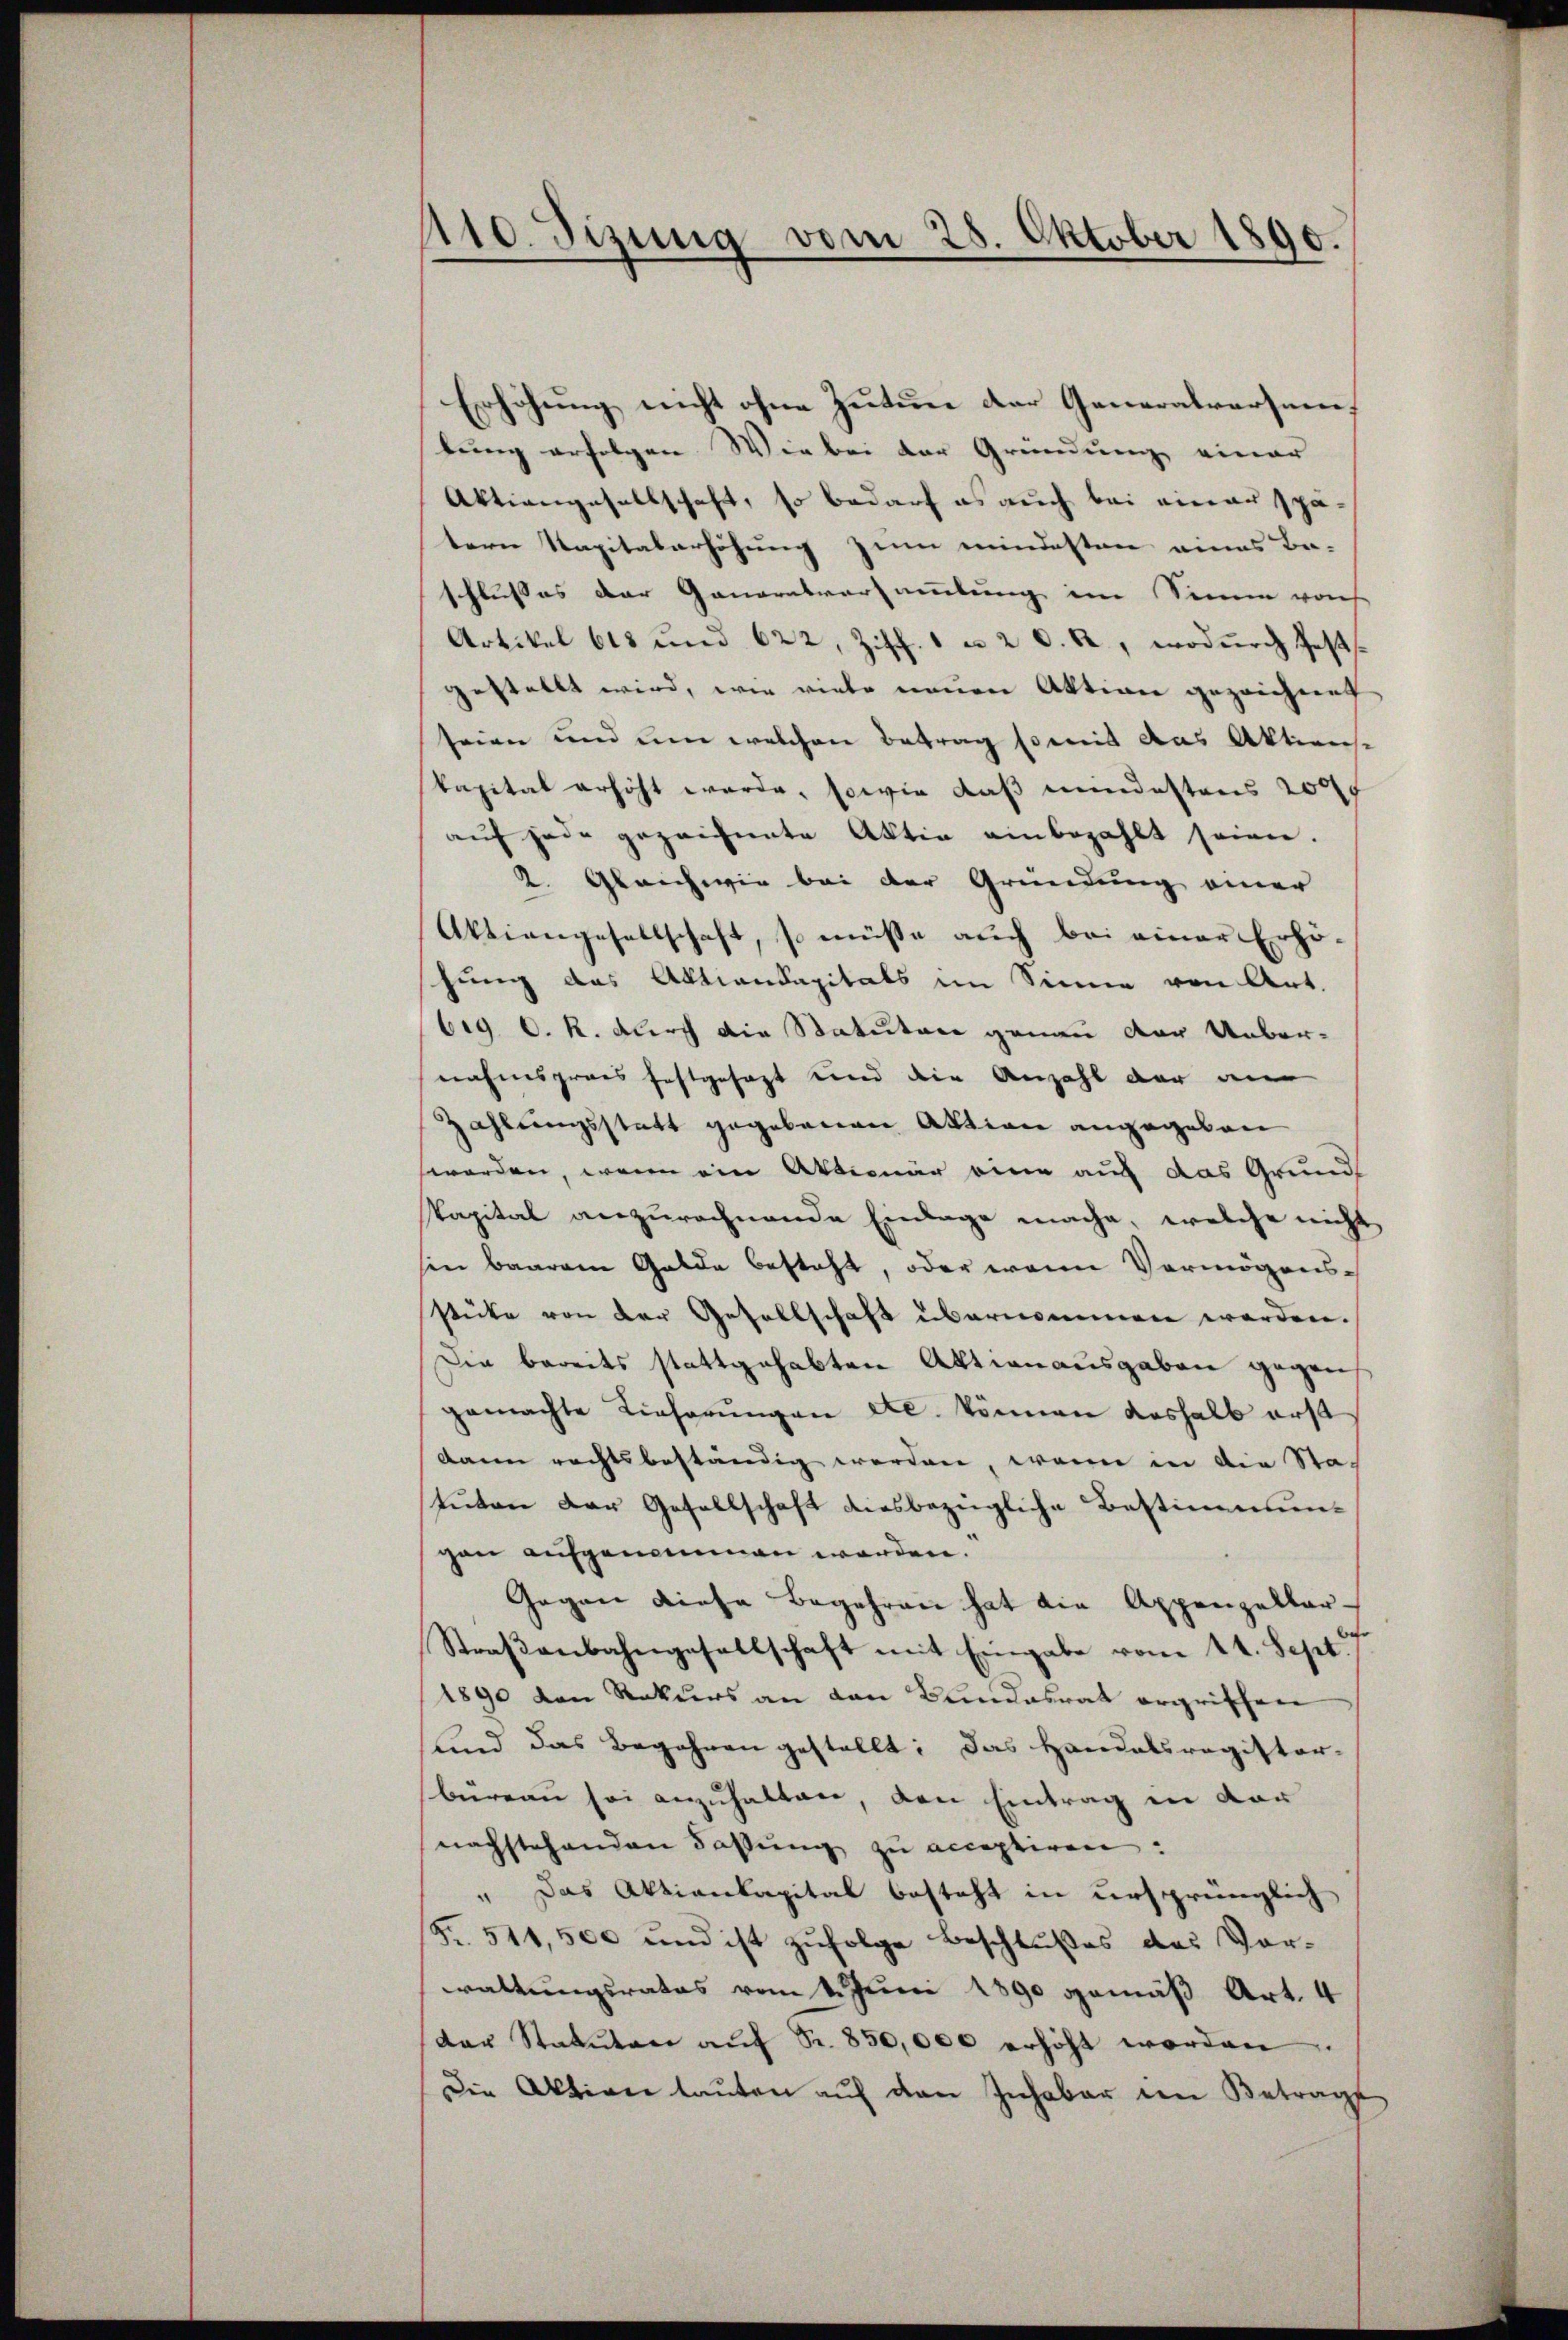
110. Sizung vom 28. Oktober 1890.

Erhöhung nicht ohne Zutun der Generalversamlung erfolgen Wie bei der Gründung einer
Aktiengesellschaft, so bedarf es auch bei einau spätern Kapitalerhöhung zum mindesten eines Be-
schlusses der Ganaratversammlung im Sinne von
Artikel 615 und 622, Ziff. 1 u. 2 d. R., wodurch Gest
gestellt wird, wie viele neuen Aktion gezeichnet
seien und um welchen Betrag somit das Aktions-
kapital erhöht werde, sowie das mindestens 200f
auf jede gezeichnete Aktiv einbezahlt seien.
2. Gleichwie bei der Gründung einer
Aktiengesellschaft, so müsse auch bei einer Erhöhung das Aktionsapitals im Sinne von Art.
big O. R. durch die Statuten genau der Uebernahmspraes festgesagt und die Anzahl der an
Zahlungsstatt gegebenen Aktion angegeben
worden, wenn ein Aktionär eine auf das Grunds
Papital anzurechnende Einlage mache, welche nicht
hin baarem Gelde besteht, oder wenn Vermögensstücke von der Gesellschaft übernommen werden.
Die bereits stattgehabten Aktionausgaben gegen
gemachte Lieferungen etc. können deshalb erst
dann rechtsbeständig werden, wenn in die Statuten der Gesellschaft diesbezügliche Bestimmungan aufgenommen werden.
Gegen diese Begehren hat die Appenzellar-
Straßenbahngesellschaft mit Eingabe vom 14. Sept.
1890 von Rekurs an den Bundesrat ergriffen
Kind das Begehren gestellt: Das Handelsregister-
büreau sei anzuhalten, den Eintrag in der
nachstehenden Fassung zu acceptiren.
" Das Aktienkapital besteht in ursprünglich
(Fr. 511,500 und ist zufolge Beschlußes des Vor-
waltungsrates vom 1. Juni 1890 gemäß Art. 4
der Statuten aŭf Fr. 850,000 erhöht worden.
Die Aktion lauten auf den Inhaber den Betrage